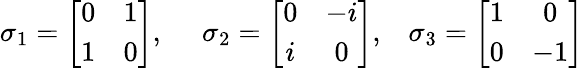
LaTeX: \sigma_{1}=\left[\begin{array}{cc}{{0}}&{{1}}\\ {{1}}&{{0}}\end{array}\right],\; \; \ \ \ \sigma_{2}=\left[\begin{array}{cc}{{0}}&{{-i}}\\ {{i}}&{{0}}\end{array}\right],\; \; \; \sigma_{3}=\left[\begin{array}{cc}{{1}}&{{0}}\\ {{0}}&{{-1}}\end{array}\right]